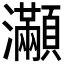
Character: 𤅎